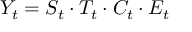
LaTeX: Y _ { t } = S _ { t } \cdot T _ { t } \cdot C _ { t } \cdot E _ { t }